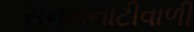
સનસનાટીવાળી